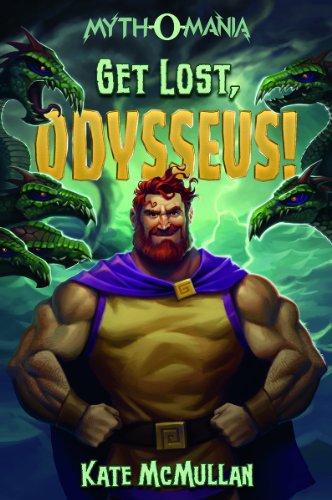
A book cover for Get Lost, Odysseus! (Myth-O-Mania); Kate McMullan; Children's Books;